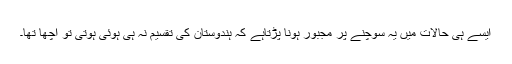
ایسے ہی حالات میں یہ سوچنے پر مجبور ہونا پڑتاہے کہ ہندوستان کی تقسیم نہ ہی ہوئی ہوتی تو اچھا تھا۔